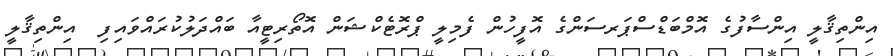
އިންތިޤާލީ އިންސާފުގެ އޮމްބަޑްސްޕަރސަންގެ އޮފީހުން ފެމިލީ ޕްރޮޓެކްޝަން އޮތޯރިޓީއާ ބައްދަލުކުރައްވައިފި  އިންތިޤާލީ